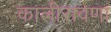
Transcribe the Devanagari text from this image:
कालीरावणा